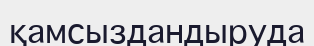
қамсыздандыруда